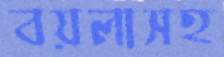
বয়লাসহ